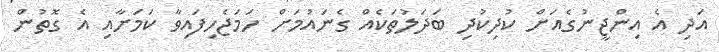
އަދި އެ އިންޖީނުގެއަށް ކުދިކުދި ބަދަލުތަކެއް ގެނައުމަށް ހަމަޖެހިފައިވާ ކަމަށާއި އެ ގޮތުން